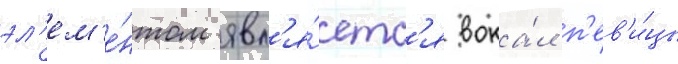
эл'ем'е́нтом явл'я́етс'я вока́л п'ев'и́цы